Scientific memoirs by medical officers of the Army of India - Part III,
Year: 1887
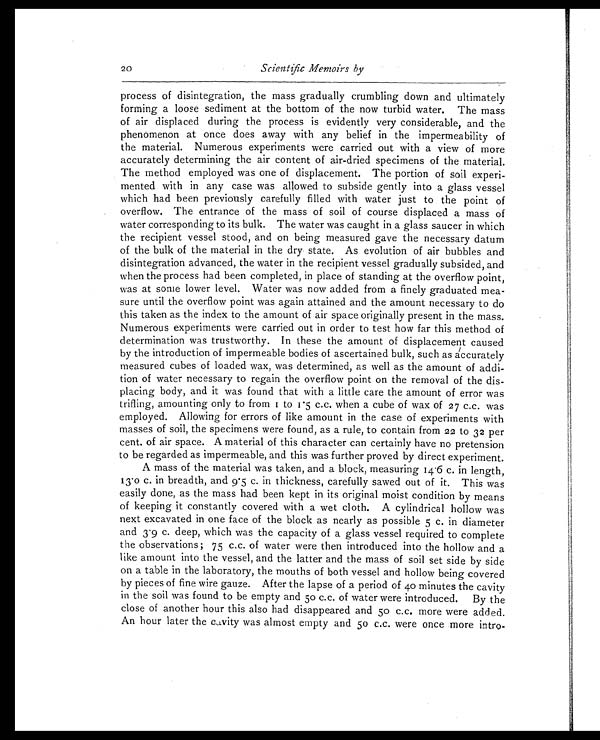
20
Sci ent i fi c Memoi rs by
process of disintegration, the mass gradually crumbling down and ultimately
forming a loose sediment at the bottom of the now turbid water. The mass
of air displaced during the process is evidently very considerable, and the
phenomenon at once does away with any belief in the impermeability of
the material. Numerous experiments were carried out with a view of more
accurately determining the air content of air-dried specimens of the material.
The method employed was one of displacement. The portion of soil experi-
mented with in any case was allowed to subside gently into a glass vessel
which had been previously carefully filled with water just to the point of
overflow. The entrance of the mass of soil of course displaced a mass of
water corresponding to its bulk. The water was caught in a glass saucer in which
the recipient vessel stood, and on being measured gave the necessary datum
of the bulk of the material in the dry. state. As evolution of air bubbles and
disintegration advanced, the water in the recipient vessel gradually subsided, and
when the process had been completed, in place of standing at the overflow point,
was at some lower level. Water was now added from a finely graduated mea-
sure until the overflow point was again attained and the amount necessary to do
this taken as the index to the amount of air space originally present in the mass.
Numerous experiments were carried out in order to test how far this method of
determination was trustworthy. In these the amount of displacement caused
by the introduction of impermeable bodies of ascertained bulk, such as accurately
measured cubes of loaded wax, was determined, as well as the amount of addi-
tion of water necessary to regain the overflow point on the removal of the dis-
placing body, and it was found that with a little care the amount of error was
trifling, amounting only to from 1 to 1·5 c.c. when a cube of wax of 27 c.c. was
employed. Allowing for errors of like amount in the case of experiments with
masses of soil, the specimens were found, as a rule, to contain from 22 to 32 per
cent. of air space. A material of this character can certainly have no pretension
to be regarded as impermeable, and this was further proved by direct experiment.
A mass of the material was taken, and a block, measuring 14·6 c. in length,
13·o c. in breadth, and 9 . 5 c. in thickness, carefully sawed out of it. This was
easily done, as the mass had been kept in its original moist condition by means
of keeping it constantly covered with a wet cloth. A cylindrical hollow was
next excavated in one face of the block as nearly as possible 5 c. in diameter
and 3·9 c. deep, which was the capacity of a glass vessel required to complete
the observations; 75 c.c. of water were then introduced into the hollow and a
like amount into the vessel, and the latter and the mass of soil set side by side
on a table in the laboratory, the mouths of both vessel and hollow being covered
by pieces of fine wire gauze. After the lapse of a period of 40 minutes the cavity
in the soil was found to be empty and 50 c.c. of water were introduced. By the
close of another hour this also had disappeared and 50 c.c. more were added.
An hour later the cavity was almost empty and 50 c.c. were once more intro-